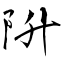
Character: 阩